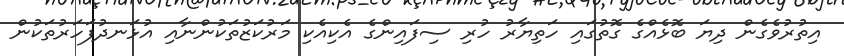
އިތުރުވެގެން ދިޔަ ބޮޅެއްގެ ގޮތުގައި ހަތިޔާރު ހުރި ސިފައިންގެ އެކިއެކި މަރުކަޒުތަކުންނާއި އުޅަނދުފަހަރުތަކުން